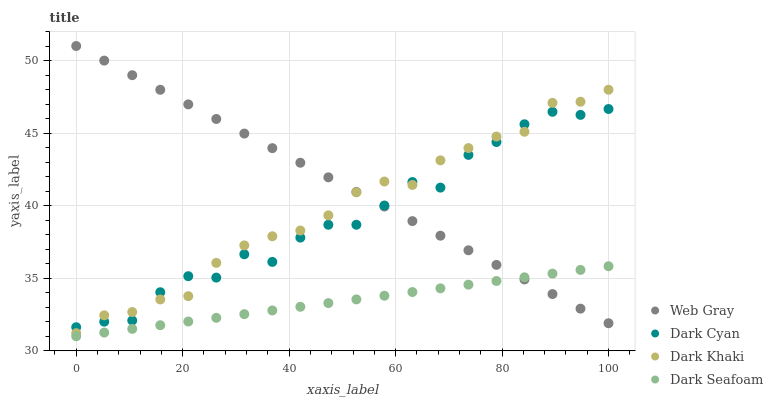
| xaxis_label | Web Gray | Dark Cyan | Dark Khaki | Dark Seafoam |
 | --- | --- | --- | --- | --- |
 | 0 | 51 | 31.6 | 31.2 | 31 |
 | 5.26 | 50 | 32 | 32.4 | 31.3 |
 | 10.5 | 49 | 32.1 | 32.7 | 31.5 |
 | 15.8 | 48 | 34 | 33.5 | 31.8 |
 | 21.1 | 47 | 35.1 | 33.8 | 32 |
 | 26.3 | 46 | 35 | 36.1 | 32.3 |
 | 31.6 | 45 | 36.6 | 37.3 | 32.5 |
 | 36.8 | 44 | 36.1 | 37.9 | 32.8 |
 | 42.1 | 43 | 37.8 | 38.3 | 33 |
 | 47.4 | 42 | 38.7 | 39.3 | 33.3 |
 | 52.6 | 40.9 | 38.7 | 40.9 | 33.5 |
 | 57.9 | 39.9 | 40 | 41.7 | 33.8 |
 | 63.2 | 38.9 | 41.6 | 41.4 | 34 |
 | 68.4 | 37.9 | 41.2 | 43.1 | 34.3 |
 | 73.7 | 36.9 | 43.5 | 44 | 34.6 |
 | 78.9 | 35.9 | 44.4 | 44.8 | 34.8 |
 | 84.2 | 34.9 | 45.6 | 45.1 | 35.1 |
 | 89.5 | 33.9 | 46.5 | 47.1 | 35.3 |
 | 94.7 | 32.9 | 46.3 | 47.2 | 35.6 |
 | 100 | 31.9 | 46.7 | 48 | 35.8 |